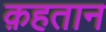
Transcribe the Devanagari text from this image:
क़हतान